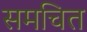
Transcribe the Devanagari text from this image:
समचित